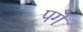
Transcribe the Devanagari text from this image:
पगे